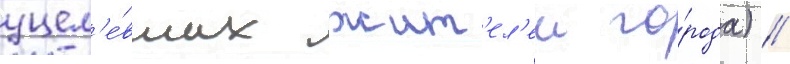
уцел'е́вших жит'ел'еи го́рода) //